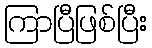
ကြာပြီဖြစ်ပြီး